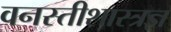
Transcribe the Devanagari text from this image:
वनस्तीशास्त्रज्ञ